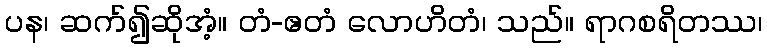
ပန၊ ဆက်၍ဆိုအံ့။ တံ-ဧတံ လောဟိတံ၊ သည်။ ရာဂစရိတဿ၊